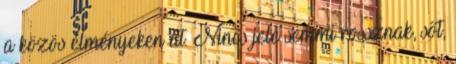
a közös élményeken át. Nincs jele semmi rossznak, sőt,